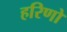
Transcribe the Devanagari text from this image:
हरिणो